Code of medical and sanitary regulations for the guidance of medical officers serving in the Madras Presidency - Volume II
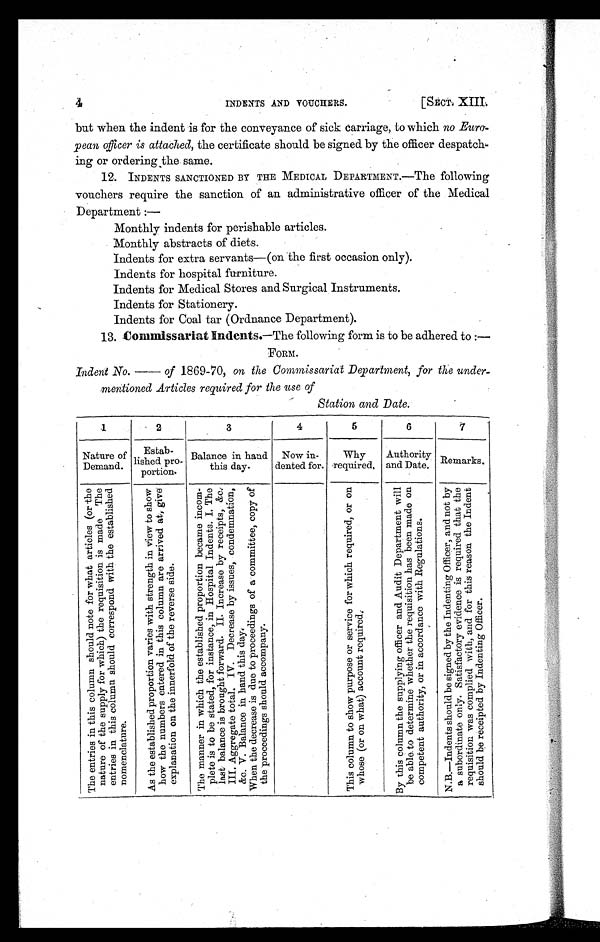
4
INDENTS AND VOUCHERS.
[SECT.XIII.
but when the indent is for the conveyance of sick carriage, to which no Euro-
pean officer is attached, the certificate should be signed by the officer despatch
ing or ordering the same.
12. INDENTS SANCTIONED BY THE MEDICAL DEPARTMENT.—The following
vouchers require the sanction of an administrative officer of the Medical
Department :—
Monthly indents for perishable articles.
Monthly abstracts of diets.
Indents for extra servants—(on the first occasion only).
Indents for hospital furniture.
Indents for Medical Stores and Surgical Instruments.
Indents for Stationery.
Indents for Coal tar (Ordnance Department).
13. Commissariat Indents. —The following form is to be adhered to :—
FORM.
Indent No. of 1869-70, on the Commissariat Department, for the under-
mentioned Articles required for the use of
Station and Date.
1
Nature of
Demand.
2
Estab-
lished pro-
portion
3
Balance in hand
this day.
4
Now in-
dented for.
5
Why
required.
6
Authority
and Date.
7
Remarks.
T h e e n t r i e s i n t h i s c o l u m n s h o u l d n o t e f o r w h a t a r t i c l e s ( o r t h e n a t u r e o f t h e s u p p l y f o r w h i c h ) t h e r e q u i s i t i o n e n t r i e s i n t h i s c o l u m n s h o u l d c o r r e s p o n d w i t h n o m e n c l a t u r e .
A s t h e e s t a b l i s h e d p r o p o r t i o n v a r i e s w i t h s t r e n g t h i n v i e w t o s h o w h o w t h e n u m b e r s e n t e r e d i n t h i s c o l u m n a r e a r r i v e d a t , g i v e e x p l a n a t i o n o n t h e i n n e r f o l d o f t h e r e v e r s e s i d e .
T h e m a n n e r i n w h i c h t h e e s t a b l i s h e d p r o p o r t i o n b e c a m e i n c o m - p l e t e i s t o b e s t a t e d , f o r i n s t a n c e , i n H o s p i t a l I n d e n t s . I . T h e l a s t b a l a n c e i s b r o u g h t f o r w a r d . I I . I n c r e a s e b y r e c e i p t s , & c . I I I . A g g r e g a t e t o t a l . I V . D e c r e a s e b y i s s u e s , c o n d e m n a t i o n , & c . V . B a l a n c e i n h a n d t h i s d a y .
W h e n t h e d e c r e a s e i s d u e t o p r o c e e d i n g s o f a c o m m i t t e e , c o p y o f t h e p r o c e e d i n g s s h o u l d a c c o m p a n y .
T h i s c o l u m n t o s h o w p u r p o s e o r s e r v i c e f o r w h i c h r e q u i r e d , o r o n w h o s e ( o r o n w h a t ) a c c o u n t r e q u i r e d . B y t h i s c o l u m n t h e s u p p l y i n g o f f i c e r a n d A u d i t D e p a r t m e n t w i l l b e a b l e t o d e t e r m i n e w h e t h e r t h e r e q u i s i t i o n h a s b e e n m a d e o n c o m p e t e n t a u t h o r i t y , o r i n a c c o r d a n c e w i t h R e g u l a t i o n s .
N . B . — I n d e n t s s h o u l d b e s i g n e d b y t h e I n d e n t i n g O f f i c e r , a n d n o t b y a s u b o r d i n a t e o n l y . S a t i s f a c t o r y e v i d e n c e i s r e a s o n t h e I n d e n t s h o u l d b e r e c e i p t e d b y I n d e n t i n g O f f i c e r .